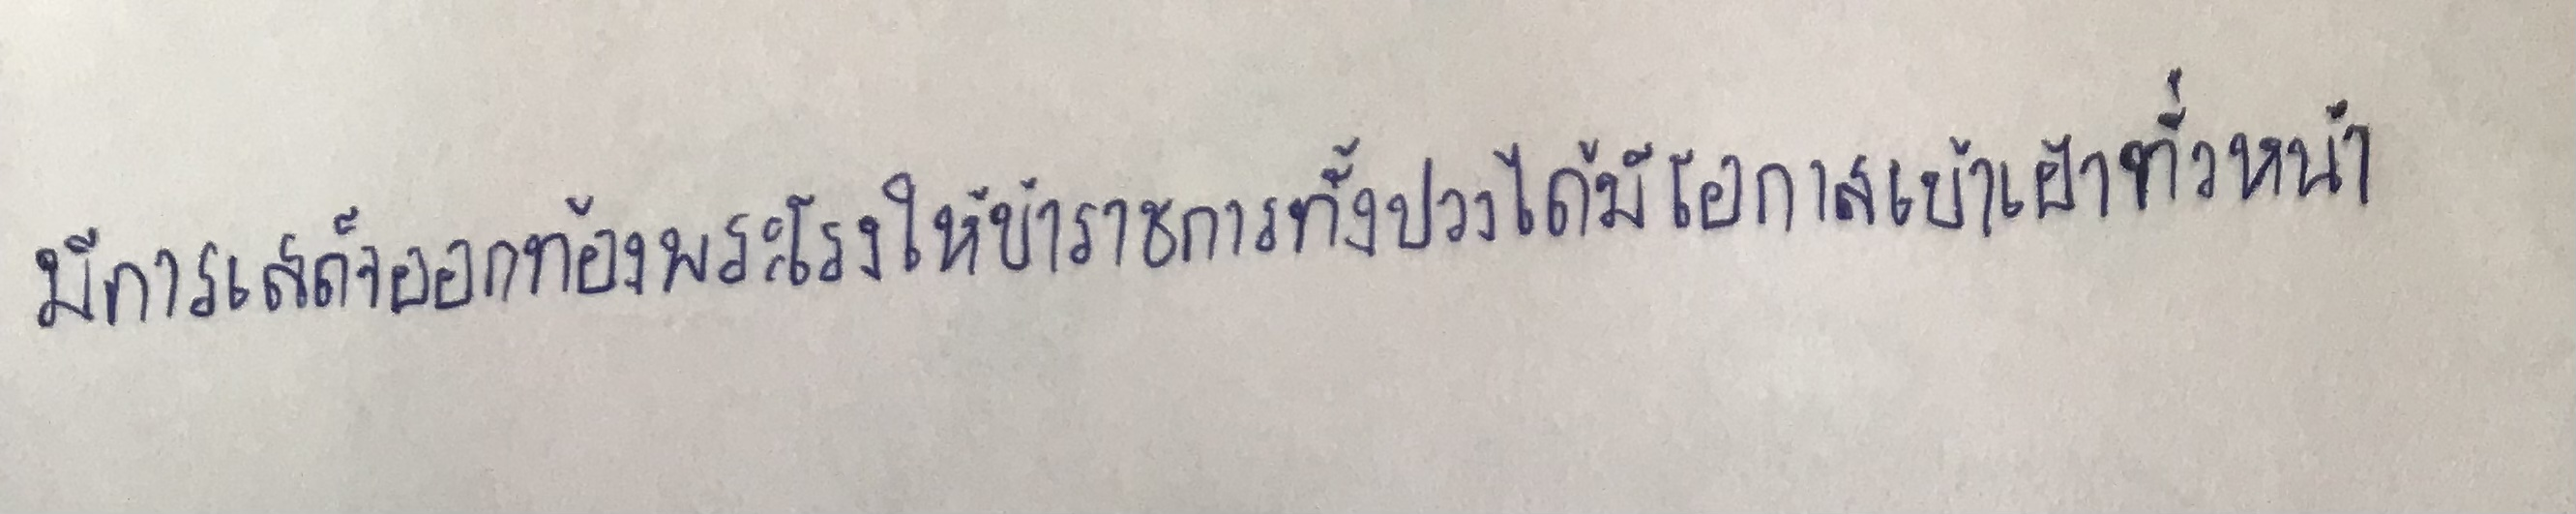
มีการเสด็จออกท้องพระโรงให้ข้าราชการทั้งปวงได้มีโอกาสเข้าเฝ้าทั่วหน้า